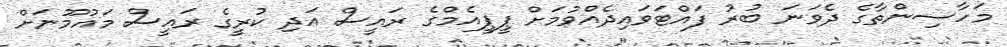
މަހާސިންތާގެ ދެވަނަ ބުރު ފައްޓަވައިދެއްވުމަށް ޕީޕީއެމްގެ ރައީސް އަދި ކުރީގެ ރައީސް މައުމޫނަށް